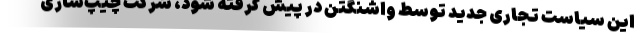
این سیاست تجاری جدید توسط واشنگتن در پیش گرفته شود، شرکت چیپ‌سازی